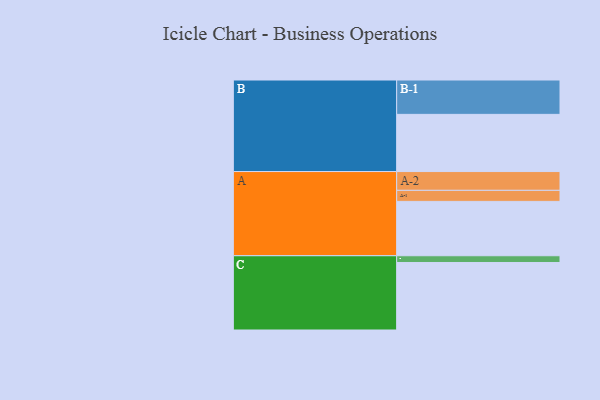
{"axis": {"x": "Segment", "y": "Value"}, "legend": ["", "A", "B", "C"], "data": [{"x": "A", "y": 443, "type": ""}, {"x": "B", "y": 466, "type": ""}, {"x": "C", "y": 550, "type": ""}, {"x": "A-1", "y": 90, "type": "A"}, {"x": "A-2", "y": 153, "type": "A"}, {"x": "B-1", "y": 280, "type": "B"}, {"x": "C-1", "y": 55, "type": "C"}]}